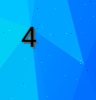
4